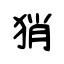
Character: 𤞚